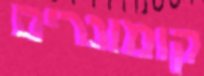
קומונרים